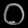
Digit: ၀